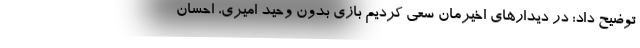
توضیح داد: در دیدارهای اخیرمان سعی کردیم بازی بدون وحید امیری، احسان